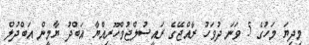
މިދިޔަ މަހުގެ 5 ވަނަ ދުވަހު ރާއްޖޭގެ ރައީސުލްޖުމްހޫރިއްޔާ އަބްދު ޔާމީން އަބްދުލް